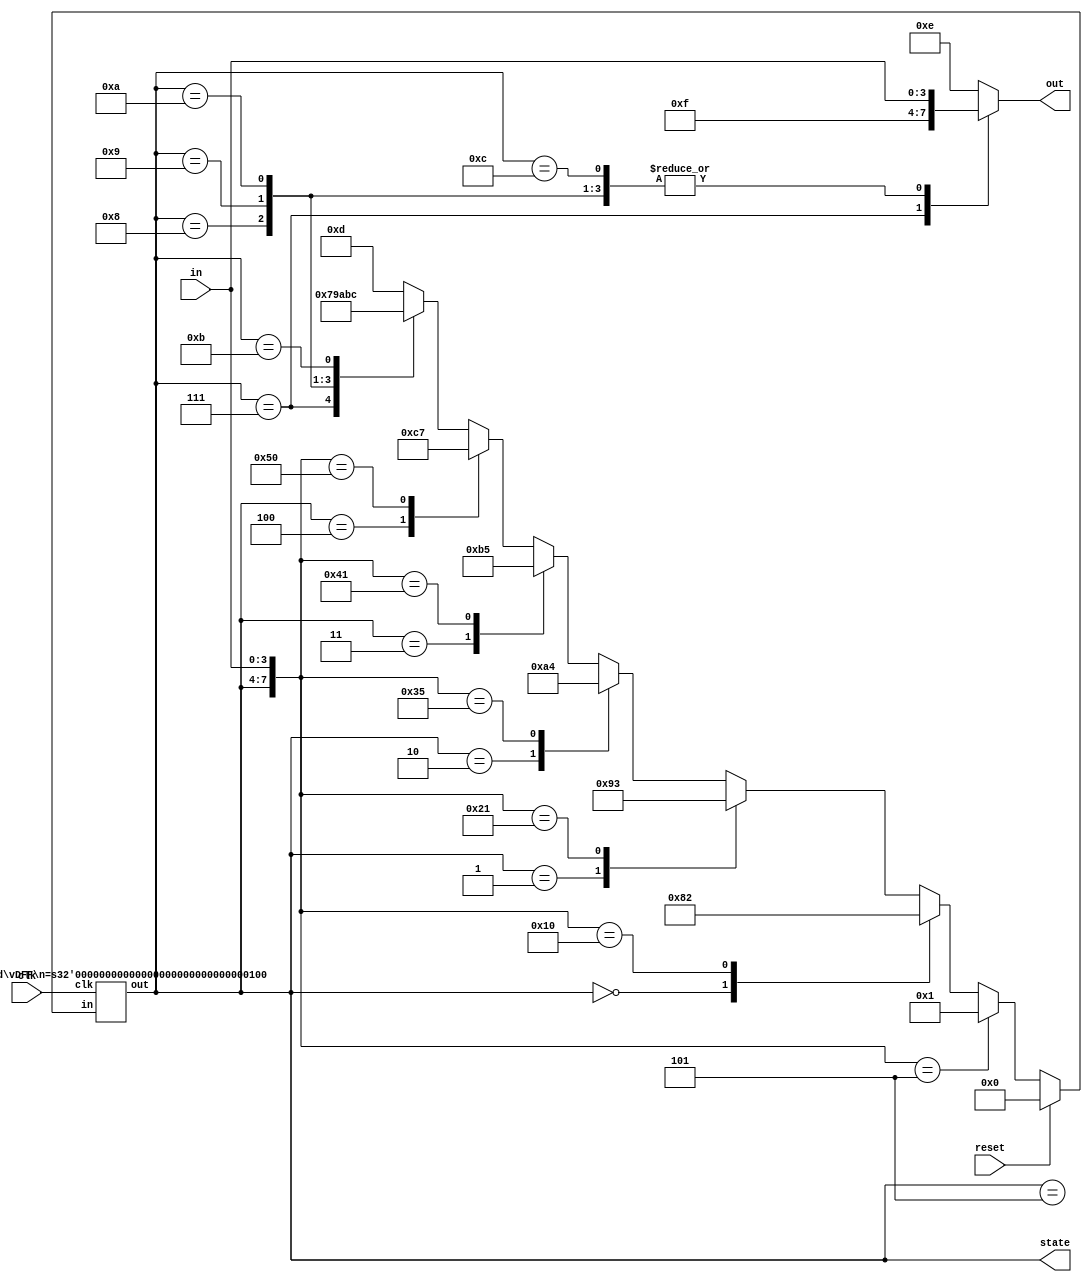
module FSM(in, clk, reset, out, state);
    input [3:0] in;
    input clk; //Declare inout variables.
    output [3:0] out;
    output [3:0] state;
    reg [3:0] out;
    input reset;
    
    `define SX 4 //define states 
    `define S1 4'b0000
    `define S2 4'b0001
    `define S3 4'b0010
    `define S4 4'b0011
    `define S5 4'b0100
    `define S6 4'b0101
    `define S7 4'b0111
    `define S8 4'b1000
    `define S9 4'b1001
    `define S10 4'b1010
    `define S11 4'b1011
    `define S12 4'b1100
    `define S13 4'b1101
    `define OPEN 4'b1111
    `define CLOSE 4'b1110

    wire [3:0] state, next_state_reset;  // declare states for flip flop and reset logic
    reg [3:0] next_state;

    vDFF #(`SX) STATE(clk,next_state_reset,state); // D flipflop

  // reset logic
    assign next_state_reset = reset ? 4'b0000 : next_state;

  // next state case statement
    always @* begin
        casex ({state,in})
            {`S1, 4'b0101}: next_state = `S2;
            {`S1, 4'bxxxx}: next_state = `S8;
            {`S2, 4'b0000}: next_state = `S3;
            {`S2, 4'bxxxx}: next_state = `S9;
            {`S3, 4'b0001}: next_state = `S4;
            {`S3, 4'bxxxx}: next_state = `S10;
            {`S4, 4'b0101}: next_state = `S5;
            {`S4, 4'bxxxx}: next_state = `S11;
            {`S5, 4'b0001}: next_state = `S6;
            {`S5, 4'bxxxx}: next_state = `S12;
            {`S6, 4'b0000}: next_state = `S7;
            {`S6, 4'bxxxx}: next_state = `S13;
            {`S7, 4'bxxxx}: next_state = `S7;
            {`S8, 4'bxxxx}: next_state = `S9;
            {`S9, 4'bxxxx}: next_state = `S10;
            {`S10, 4'bxxxx}: next_state = `S11;
            {`S11, 4'bxxxx}: next_state = `S12;
            {`S12, 4'bxxxx}: next_state = `S13;
            {`S13, 4'bxxxx}: next_state = `S13;
		default : next_state= `S13;
    endcase
end

    always @* begin // output case statement
       casex (state)
	`S1: out = in;
	`S2: out = in;
	`S3: out = in;
	`S4: out = in;
	`S4: out = in;
	`S5: out = in;
	`S6: out = in;
	`S7: out = `OPEN;
	`S8: out = in;
	`S9: out = in;
	`S10: out = in;
	`S11: out = in;
	`S12: out = in;
	`S13: out = `CLOSE;
	default: out = `CLOSE;
      endcase

end
    

endmodule

module vDFF (clk,in,out); // module defination of flipflop
	parameter n=1;
	input clk;
	input [n-1:0] in;
	output [n-1:0] out;
	reg [n-1:0] out;
	
always @(posedge clk) //depends on rising edge of clock
	out=in;
endmodule